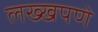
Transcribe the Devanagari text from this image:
लख्खपणे